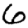
Digit: 6